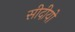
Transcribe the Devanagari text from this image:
सीदीयो